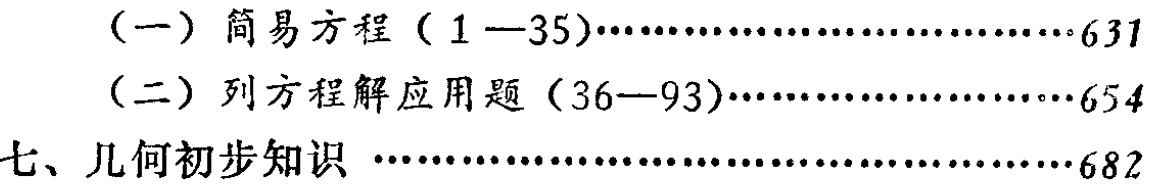
(一) 简易方程（1—35）…………………………631

(二) 列方程解应用题（36—93）………………………654

七、几何初步知识 ……………………………………682